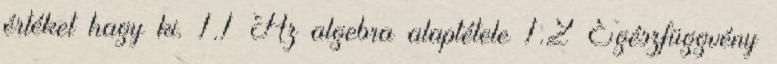
értéket hagy ki. 1.1 Az algebra alaptétele 1.2 Egészfüggvény